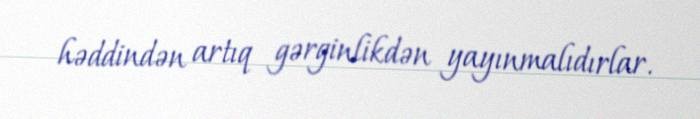
həddindən artıq gərginlikdən yayınmalıdırlar.